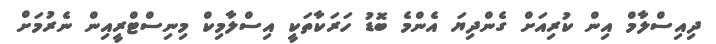
ދިއިސްލާމް އިން ކުރިއަށް ގެންދިޔަ އެންމެ ބޮޑު ހަރަކާތަކީ އިސްލާމިކް މިނިސްޓްރީއިން ނެރުމަށް